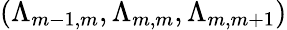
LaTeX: \left(\Lambda_{m-1,m},\Lambda_{m,m},\Lambda_{m,m+1}\right)